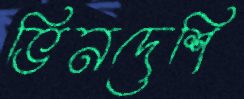
ভিনদেশি